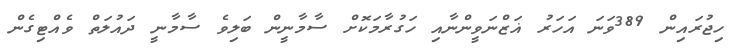
ހިޖުރައިން 389ވަނަ އަހަރު ޣަޒްނަވީންނާއި ހަގުރާމަކޮށް ސާމާނީން ބަލިވެ ސާމާނީ ދައުލަތް ވެއްޓިގެން